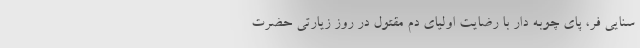
سنایی فر، پای چوبه دار با رضایت اولیای دم مقتول در روز زیارتی حضرت